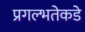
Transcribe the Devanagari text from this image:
प्रगल्‍भतेकडे